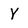
Character: Y